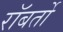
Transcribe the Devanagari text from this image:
रॉबर्तो